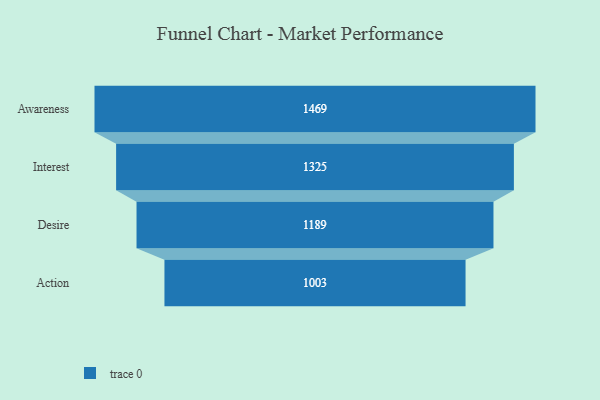
{"axis": {"x": "Stage", "y": "Value"}, "legend": [""], "data": [{"x": "Awareness", "y": 1469.0, "type": ""}, {"x": "Interest", "y": 1325.0, "type": ""}, {"x": "Desire", "y": 1189.0, "type": ""}, {"x": "Action", "y": 1003.0, "type": ""}]}